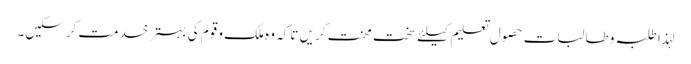
لہذا طلبہ و طالبات حصول تعلیم کیلئے سخت محنت کریں تاکہ وہ ملک و قوم کی بہتر خدمت کرسکیں۔